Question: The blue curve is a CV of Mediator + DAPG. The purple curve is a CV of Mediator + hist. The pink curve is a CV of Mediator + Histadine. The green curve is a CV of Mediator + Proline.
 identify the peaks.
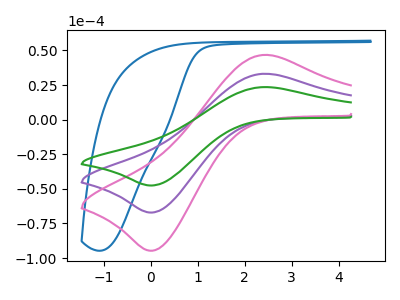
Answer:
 <answer>The blue curve "Mediator + DAPG" has no peaks. The purple curve "Mediator + hist" has an anodic peak at (2.40V, 33.10uA) and a cathodic peak at (0.05V, -67.10uA). The pink curve "Mediator + Histadine" has an anodic peak at (2.40V, 46.70uA) and a cathodic peak at (0.05V, -94.65uA). The green curve "Mediator + Proline" has an anodic peak at (2.40V, 66.25uA) and a cathodic peak at (0.05V, -134.20uA).</answer>
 <eval></eval>